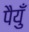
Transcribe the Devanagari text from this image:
पैयुँ